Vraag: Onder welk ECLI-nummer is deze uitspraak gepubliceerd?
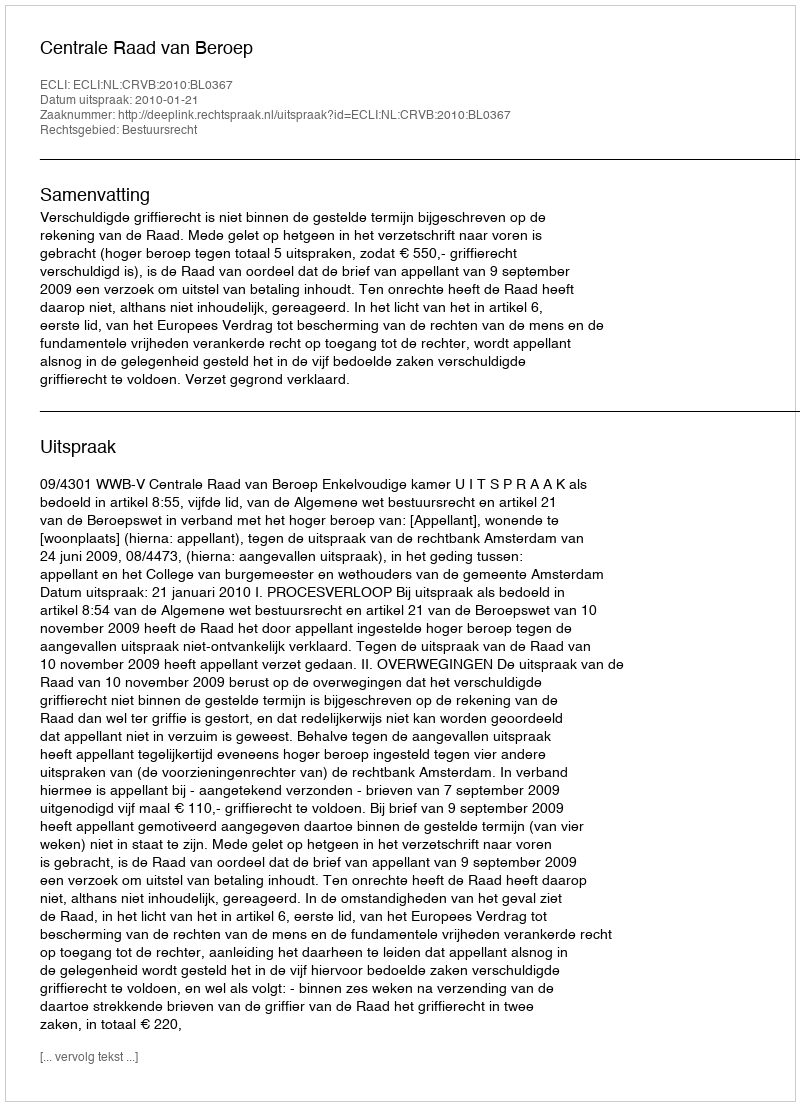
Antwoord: ECLI:NL:CRVB:2010:BL0367